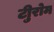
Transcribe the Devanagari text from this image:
टीुरोम